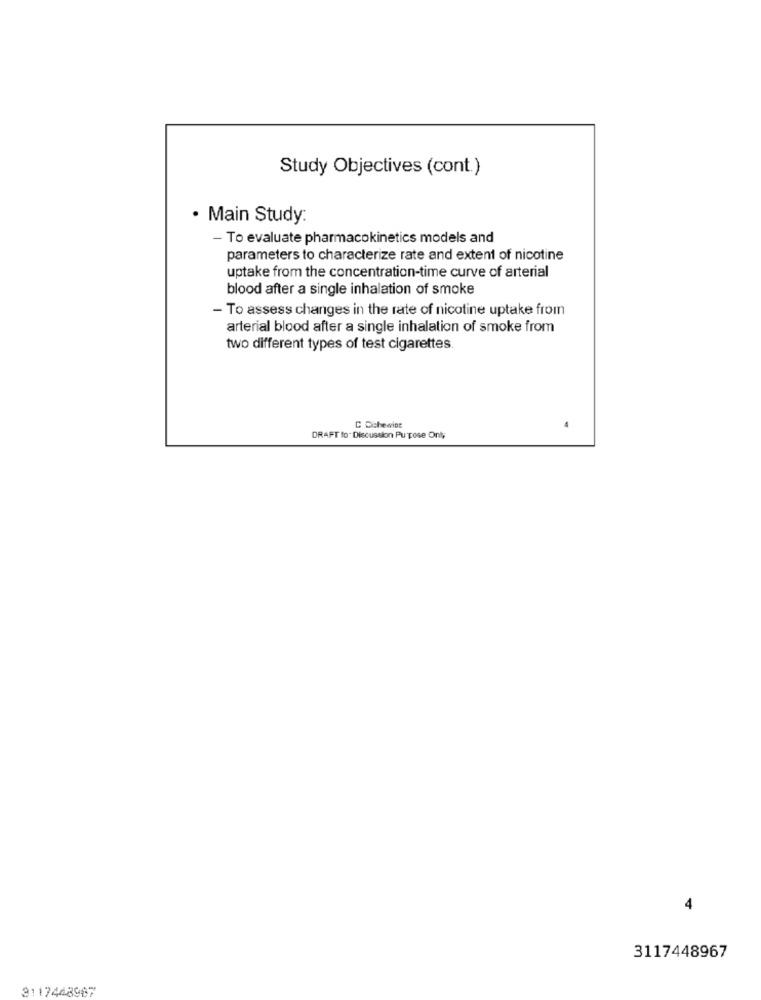
Study Objectives (cont.)
· Main Study:
- To evaluate pharmacokinetics models and
parameters to characterize rate and extent of nicotine
uptake from the concentration-time curve of arterial
blood after a single inhalation of smoke
- To assess changes in the rate of nicotine uptake from
arterial blood after a single inhalation of smoke from
two different types of test cigarettes.
4
C Cichewing
DRAFT to. Discussion Purpose Only
4
3117448967
3117448987